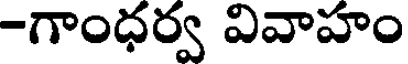
-గాంధర్వ వివాహం